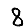
Digit: 8